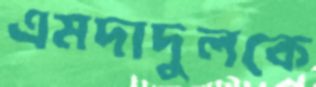
এমদাদুলকে